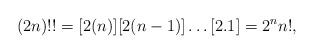
LaTeX: \begin{align*}(2n)!!=[2(n)][2(n-1)]\dots[2.1]=2^{n}n!,\end{align*}